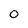
Character: 0